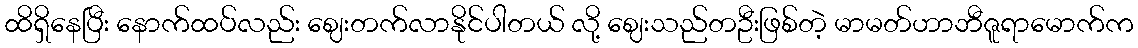
ထိရှိနေပြီး နောက်ထပ်လည်း ဈေးတက်လာနိုင်ပါတယ် လို့ ဈေးသည်တဦးဖြစ်တဲ့ မာမတ်ဟာဘီဇူရာမောက်က